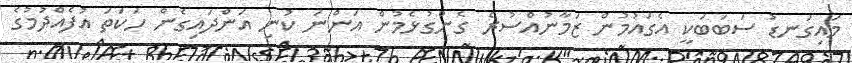
މައިގަނޑު ސަބަބަކީ އެގައުމުން ޒަމާނުއްސުރެ ގެންގުޅެމުން އަންނަ ކުނި އަންދައިގެން ހަކަތަ އުފެއްދުމުގެ